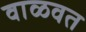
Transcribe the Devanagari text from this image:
वाळवत